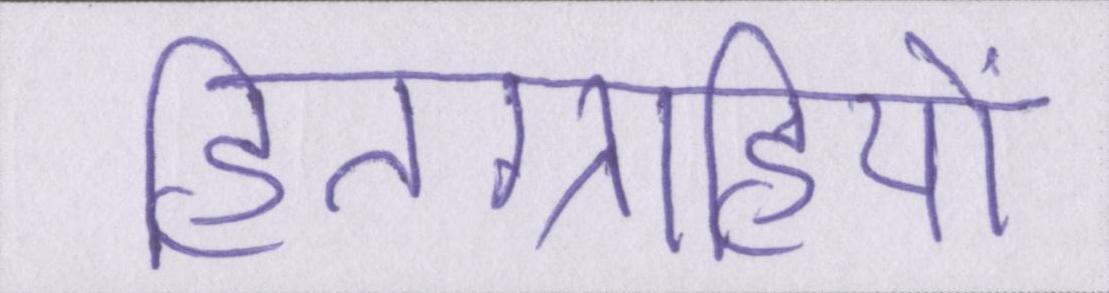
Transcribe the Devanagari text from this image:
हितग्राहियों